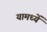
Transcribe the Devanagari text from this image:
यामध्यें